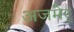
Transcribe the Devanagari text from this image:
अजमेर्